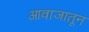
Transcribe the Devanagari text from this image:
आवाजातून